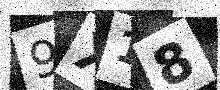
Text: 9X18